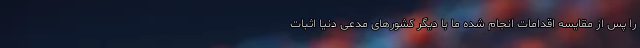
را پس از مقایسه اقدامات انجام شده ما با دیگر کشورهای مدعی دنیا اثبات